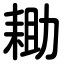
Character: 耡